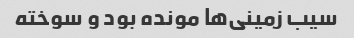
سیب زمینی‌ها مونده بود و سوخته